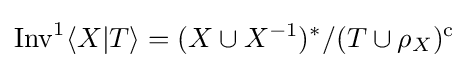
\mathrm {Inv} ^{1}\langle X|T\rangle =(X\cup X^{-1})^{*}/(T\cup \rho _{X})^{\mathrm {c} }